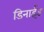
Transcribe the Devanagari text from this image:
डिनाईड